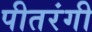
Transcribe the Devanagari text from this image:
पीतरंगी